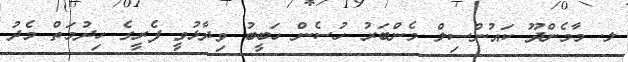
ލ. މާމެންދޫ ކައުންސިލް މެންބަރު ހުސެން ހަބީބު ވިދާޅުވީ ފެރީގެ ހިދުމަތް މެދު